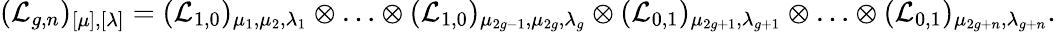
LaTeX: (\mathcal{L}_{g,n})_{[\mu],[\lambda]}=(\mathcal{L}_{1,0})_{\mu_{1},\mu_{2},\lambda_{1}}\otimes\ldots\otimes(\mathcal{L}_{1,0})_{\mu_{2g-1},\mu_{2g},\lambda_{g}}\otimes(\mathcal{L}_{0,1})_{\mu_{2g+1},\lambda_{g+1}}\otimes\ldots\otimes(\mathcal{L}_{0,1})_{\mu_{2g+n},\lambda_{g+n}}.